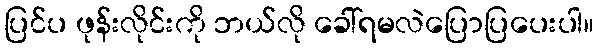
ပြင်ပ ဖုန်းလိုင်းကို ဘယ်လို ခေါ်ရမလဲပြောပြပေးပါ။